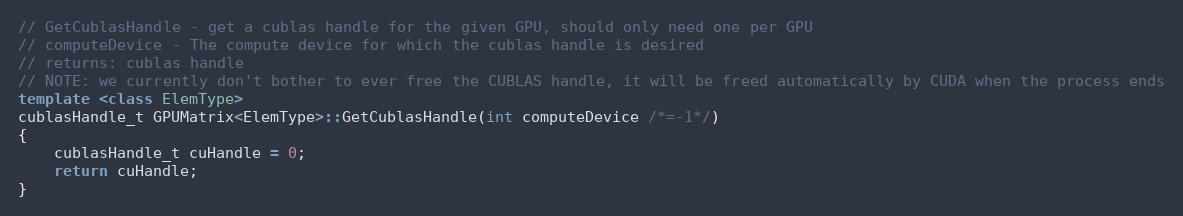
Language: C++
// GetCublasHandle - get a cublas handle for the given GPU, should only need one per GPU
// computeDevice - The compute device for which the cublas handle is desired
// returns: cublas handle
// NOTE: we currently don't bother to ever free the CUBLAS handle, it will be freed automatically by CUDA when the process ends
template <class ElemType>
cublasHandle_t GPUMatrix<ElemType>::GetCublasHandle(int computeDevice /*=-1*/)
{
    cublasHandle_t cuHandle = 0;
    return cuHandle;
}